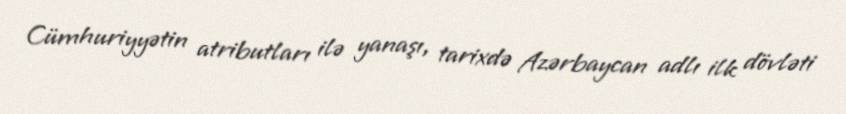
Cümhuriyyətin atributları ilə yanaşı, tarixdə Azərbaycan adlı ilk dövləti